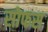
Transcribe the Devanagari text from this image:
सोफस